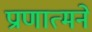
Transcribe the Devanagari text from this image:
प्राणात्मने